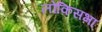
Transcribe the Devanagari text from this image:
लोकिसभा